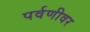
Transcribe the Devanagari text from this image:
पर्वणीवर